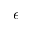
\epsilon